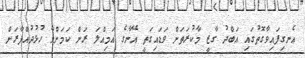
އެނގިފައިވާގޮތުގައި އަބްދު ގާޒީ މާކުރަތަށް ވަޑައިގަތީ އޭނާގެ އަމިއްލަ ރަށް ކަމަށްވާ ހުޅުދުއްފާރަށް